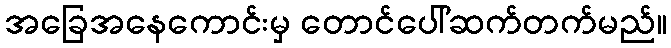
အခြေအနေကောင်းမှ တောင်ပေါ်ဆက်တက်မည်။